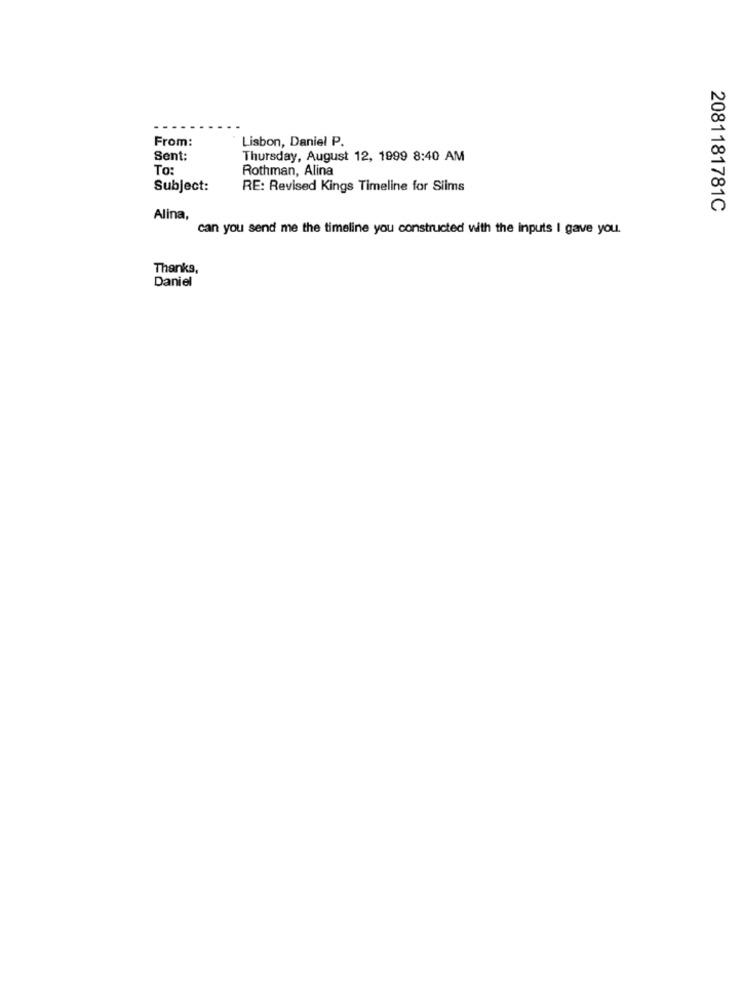
From:
Lisbon, Daniel P.
Sent:
Thursday, August 12, 1999 8:40 AM
To:
Rothman, Alina
Subject:
RE: Revised Kings Timeline for Slims
2081181781C
Alina,
can you send me the timeline you constructed with the inputs I gave you.
Thanks,
Daniel